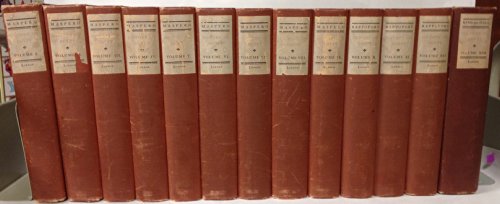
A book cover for HISTORY OF EGYPT: Chaldea, Syria, Babylonia & Assyria; 13 vol. Set; S.; King, L.W. & Hall, M.A. Maspero G.; Rapport; History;